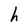
Character: h